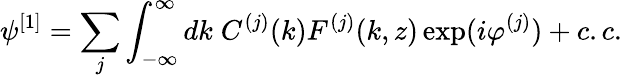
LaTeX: \psi^{[1]}=\sum_{j}\int_{-\infty}^{\infty}dk\; C^{(j)}(k)F^{(j)}(k,z)\exp(i\varphi^{(j)})+c.c.